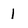
Character: l